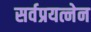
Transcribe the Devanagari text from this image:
सर्वप्रयत्नेन